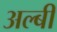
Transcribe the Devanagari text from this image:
अल्बी